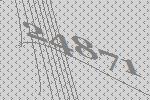
24871